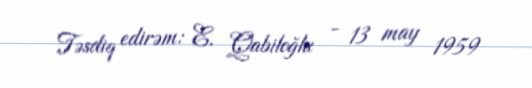
Təsdiq edirəm: E. Qabiloğlu - 13 may 1959